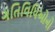
ગતિવિધિઓનો